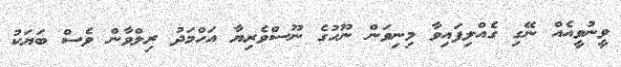
ވީނުވީއެއް ނޭގި ގެއްލިފައިވާ މިނިވަން ނޫހުގެ ނޫސްވެރިޔާ އަހްމަދު ރިލްވާން ވެސް ބަޔަކު